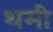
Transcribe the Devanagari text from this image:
थमी